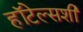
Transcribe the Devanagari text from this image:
हॉटेल्सशी